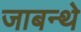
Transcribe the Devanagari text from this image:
जाबन्थे